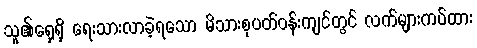
သူ၏ရှေ့ရှိ ရေးသားလာခဲ့ရသော မိသားစုပတ်ဝန်းကျင်တွင် လက်များကပ်ထား